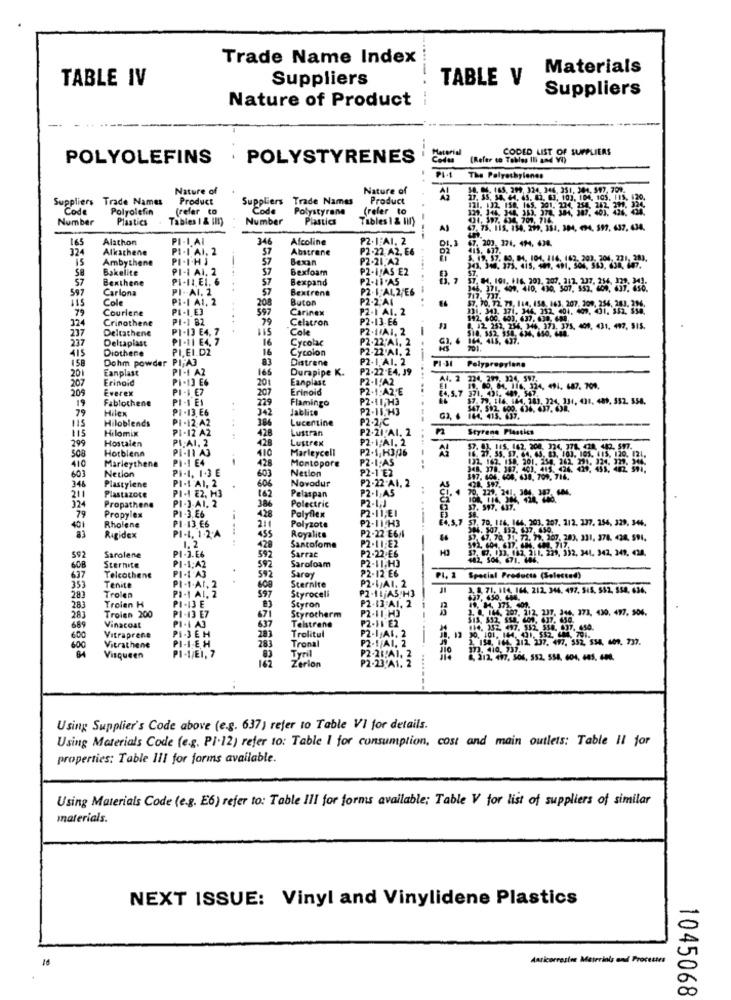
Trade Name Index
Materials
TABLE IV
Suppliers
TABLE V
Suppliers
Nature of Product
CODED LIST OF SUPPLIERS
POLYOLEFINS
. POLYSTYRENES
Codes
Material
The Polyethylenes
Nature of
Nature of
58. 04. 163. 209. 324, 346. 251. 304. 907, 701.
Suppliers Trade Names
Product
Suppliers Trade Names
Product
Code
Polyolefin
(refer to
Code
Polystyrene
(refer to
Number
Plastics
Tables 1 & IM)
Number
Plastics
Tables 1 & 1)
A)
75. 115. 154. 299, 351, 304, 494, 597. 637. 634.
165
Alathon
PI-I AI
346
Afcoline
P2.1:AI. 2
67. 202. 374. 494. 634.
324
Alkachene
PI-I AI, 2
Abstrane
P2-22 A2. E6
IS
Ambythene
PI-I-HJ
57
Bexan
P2-21.A2
Bakelite
PI-I AI. 2
57
Bexfoam
PZ-ITAS E2
57
Bexthene
PI-11.EI. 6
57
Bexpand
P2-18.AS
597
Carlona
PI -- AI. 2
57
Bextrene
P2.1:AL.2/ES
57. H4. 101. 116, 203. 207. 317. 307. 216- 179: 248
Cole
PI-I AI. 2
208
Buton
P2-2.AI
79
Courlene
PI.I.E3
597
Carinex
P2-1 AI. 2
57. 70. 72. 71. 114. 154. 163. 207. 200. 256. 751-3
324
Crinothene
PI-1 82
....
79
Celatron
P2-13-E6
$92, 600. 603. 637. 638. 688.
237
Deltathene
PI-13 E4, 7
Cole
P2.1/AI. 2
1. 12. 252, 254. 346, 373, 375. 409, 431. 497, S15.
518. 352, 358. 634, 650, 644.
237
Deltaplast
PI-11 E4, 7
16
Cycolac
P2-22'AI, 2
144, 415. 637.
415
Diothene
PI.EI.D2
16
Cycolon
P2-22 AI, 2
158
Dohm powder PI;A3
83
Distrene
P2- 1.AI. 2
-
Eanplast
PI-I A2
166
Durapipe K.
₱2-22-E4, 39
Polypropylene
201
207
Eringid
PI-13 E6
20
Eanplast
P2.IFA2
A4. 2 224, 299. 324, 597
209
Everex
PI-I E7
207
Erinoid
P2-1:A2,E
€4, 5,7
19. 40. 04. 116, 324, 491. 687. 709.
371. 436. 409. 547.
Fablochene
PI-1 EI
229
Flamingo
P2.11,1H3
324 131, 031. 489, 352. 558.
19
Hilex
PI -13 E6
342
Jablice
P2-15.H3
$47. 592. 600. 636. 637. 638.
115
Hiloblends
PI-12 A2
4
386
Lucentine
P2.2/C
G2, 6 144, 415. 637.
Hilomix
PI-12 A2
Lustran
P2-21 AI. 2
Styrene Plastics
115
Hostalen
PI-AI. 2
428
428
Lustrex
P2- 1.AI. 2
...
299
Horblena
PE-11 A3
410
Marleycell
P2.1, H3/06
$7. 03. 115. 162. 200. 334, 778. 428. 442. 597.
508
Marleythene
PI-1 E4
1
428
Montopore
PZ.I;AS
16. 27. 55. 57. 64, 43, 83. 103. 105. 415, 120. 121.
410
Netlon
PI-1. 1.3 E
Netion
P2-1'E2
603
346
PI -! AI, 2
606
603
Novodur
P2-22.AI. 2
AS
597. 606. 606, 638, 709, 714.
Plastylene
PI.I E2. H3
167
Pelaspan
P2.1.A5
CI. 4
70. 229. 241, 304. 307. 604.
211
324
Plastazore
PI-J-AL. 2
Polectric
P2-1.J
79
Propathene
PI-3.E6
3.86
428
P2.11,EI
37. 597. 437.
Propylex
P1-13 E6
211
Polyflex
P2-11 H3
€4,5,7 57, 70, 146. 164, 203. 207. 112. 237. 254, 329, 346.
401
Rholene
Polyzote
Royalice
P2-22 E6/1
14. 507. 352. 437, 450.
Rigidex
PI-1. 1.2'A
1. 2
455
Santofome
P2.11-EZ
57, 67, 70. 31, 72. 79. 107. 283. 331, 378. 428. 594.
Sarolene
PI-3.E6
428
Sarrac
P2-22-E6
592. 604. 637. 684. 604. 717.
$7. @7, 13), 182, 211, 229, 332, 341. 342, 343, C34.
592
Sarofoam
P2-11,H3
442, 504. 671. 484.
608
Sternite
PI-1;A2
PI-I'A3
592
P2-12 E6
637
Telcothene
592
Sternire
Saray
P2-1/AI. 2
PI, 1
Special Products (Selected)
353
Tenite
PI.I.Ar. 2
PI-1 AI. 2
600
Styroceli
P2-11 A5 H3
3. 8. 71, 114, 164. 212. 344. 497. 545. 552, 558. 636.
283
Trolen
Troien H
PI-13 E
597
Styron
P2-13:AI. 2
637, 650. 664.
19. 84. 175. 401.
283
Troisn 200
PI-13 E7
671
Styrotherm
P2-11-H3
283
PI-IA3
637
P2.11 E2
--
689
Vinacost
Telstrane
P2-1 AL. 2
600
Vitraprene
PI-JEH
PI-IEH
283
Tronal
Trolitul
P2-1/AI. 2
1. 154. 164. 212. 237. 497, 552, 534, 409. 737.
600
Vitrathene
PI-JEI, 7
283
Tyril
P2-21:A1. 2
373. 410. 737.
Visqueen
162
Zerion
P2-23 A1. 2
....
8, 212, 497, 506, 552, 558. 604, 645. 604.
-.
Using Supplier's Code above (e.g. 637) refer to Table VI for details.
Using Materials Code (e.g. P1.12) refer to: Table I for consumption, cost and main outlets: Table Il for
properties: Table III for forms available.
Using Materials Code (e.g. E6) refer to: Table III for forms available; Table V for list of suppliers of similar
materials.
NEXT ISSUE: Vinyl and Vinylidene Plastics
Anticorrosion Materials and Processes
1045068